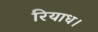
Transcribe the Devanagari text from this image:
रियाध।